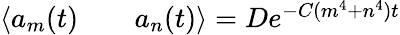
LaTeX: \begin{array}{rlr}{\langle a_{m}(t)}&{{}}&{a_{n}(t)\rangle=De^{-C(m^{4}+n^{4})t}}\end{array}